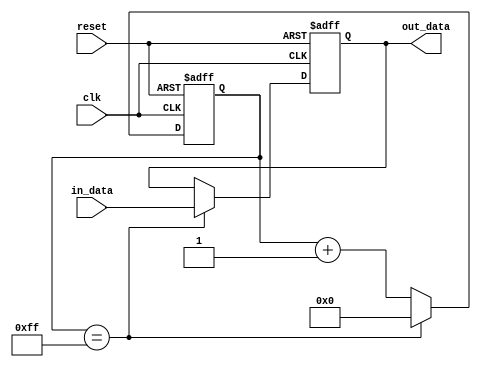
module inverter_delay (
    input wire clk,         // Clock signal
    input wire reset,       // Reset signal
    input wire in_data,     // Input signal to be delayed
    output reg out_data     // Output delayed signal
);

reg [7:0] delay_count;

always @ (posedge clk or posedge reset) begin
    if (reset) begin
        delay_count <= 8'b0;
        out_data <= 1'b0;
    end else begin
        if (delay_count == 8'b11111111) begin
            delay_count <= 8'b0;
            out_data <= in_data;
        end else begin
            delay_count <= delay_count + 1;
            out_data <= out_data;
        end
    end
end

endmodule